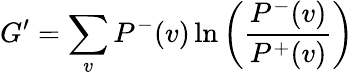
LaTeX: G^{\prime}=\sum_{v}{P^{-}(v)\ln\left({\frac{P^{-}(v)}{P^{+}(v)}}\right)}